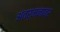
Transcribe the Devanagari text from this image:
अंतर्मनावर